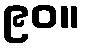
၉၀။